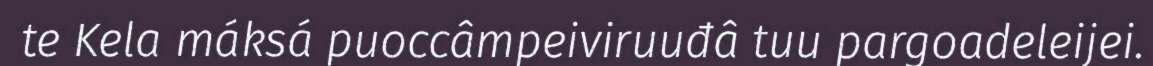
te Kela máksá puoccâmpeiviruuđâ tuu pargoadeleijei.